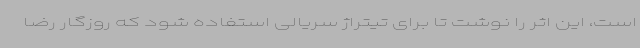
است، این اثر را نوشت تا برای تیتراژ سریالی استفاده شود که روزگار رضا